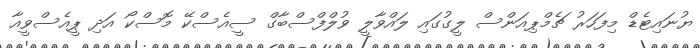
ޔުނައިޓެޑް މިފަހަރު ޗެމްޕިއަންސް ލީގުގައި ލައްވާލީ ވުލްފްސްބާގް ސީއެސްކޭ މޮސްކޯ އަދި ޕީއެސްވީއާ